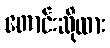
တောင်းဆိုထား